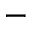
^ -